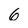
Character: 6